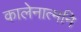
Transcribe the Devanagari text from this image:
कालेनात्मनि